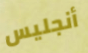
أنجليس